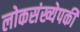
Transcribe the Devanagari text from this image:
लोकसंख्येपकी